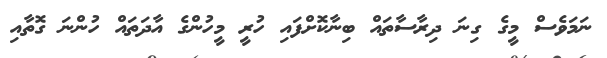
ނަމަވެސް މީގެ ގިނަ ދިރާސާތައް ބިނާކޮށްފައި ހުރީ މީހުންގެ އާދަތައް ހުންނަ ގޮތާއި